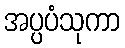
အပ္ပပံသုကာ